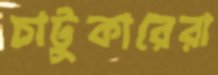
চাটুকারেরা